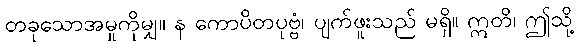
တခုသောအမှုကိုမျှ။ န ကောပိတပုဗ္ဗံ၊ ပျက်ဖူးသည် မရှိ။ ဣတိ၊ ဤသို့